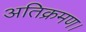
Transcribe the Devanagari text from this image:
अतिक्रमण।